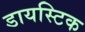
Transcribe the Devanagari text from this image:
डायस्टिक